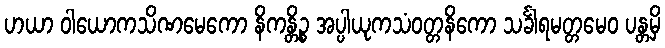
ဟယာ ဝါယောကသိဏမေကော နိကန္တိဉ္စ အပ္ပါယုကသံဝတ္တနိကော သင်္ခါရမတ္တမေဝ ပန္တမှိ